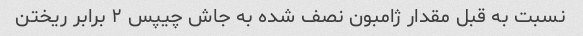
نسبت به قبل مقدار ژامبون نصف شده به جاش چیپس ۲ برابر ریختن